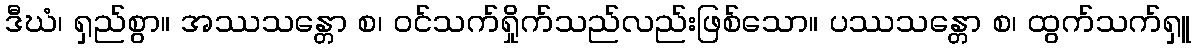
ဒီဃံ၊ ရှည်စွာ။ အဿသန္တော စ၊ ဝင်သက်ရှိုက်သည်လည်းဖြစ်သော။ ပဿသန္တော စ၊ ထွက်သက်ရှူ